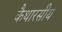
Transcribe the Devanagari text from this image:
कैथारसीय